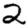
Digit: 2